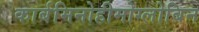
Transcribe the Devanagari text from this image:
कार्बमिनोहीमोग्लोबिन